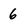
Character: 6